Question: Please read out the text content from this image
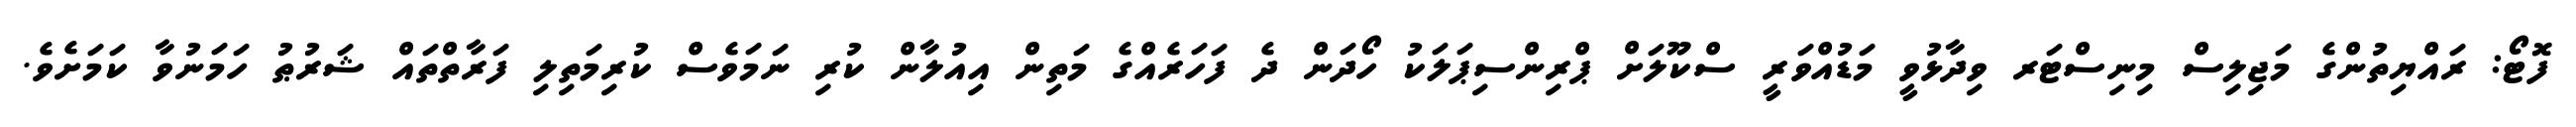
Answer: ފޮޓޯ: ރައްޔިތުންގެ މަޖިލިސް މިނިސްޓަރ ވިދާޅުވީ މަޑުއްވަރީ ސްކޫލަށް ޕްރިންސިޕަލަކު ހޯދަން ދެ ފަހަރެއްގެ މަތިން އިއުލާން ކުރި ނަމަވެސް ކުރިމަތިލި ފަރާތްތައް ޝަރުޠު ހަމަނުވާ ކަމަށެވެ.